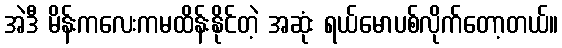
အဲဒီ မိန်းကလေးကမထိန်းနိုင်တဲ့ အဆုံး ရယ်မောပစ်လိုက်တော့တယ်။